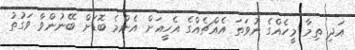
އަދި ތިމާ މީހެއްގެ ނުވަތަ އެއްޗެއްގެ އެހީއަށް އެންމެ ބޮޑަށް ބޭނުންވާ ވަގުތު